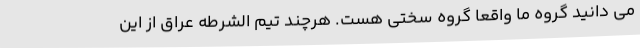
می دانید گروه ما واقعاً گروه سختی هست. هرچند تیم الشرطه عراق از این